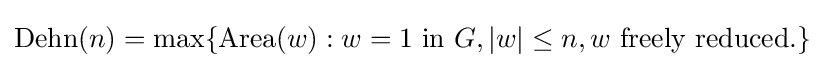
{\rm {Dehn}}(n)=\max\{{\rm {Area}}(w):w=1{\text{ in }}G,|w|\leq n,w{\text{ freely reduced}}.\}